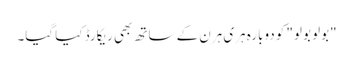
"بولو بولو" کو دوبارہ ہری ہرن کے ساتھ بھی ریکارڈ کیا گیا۔